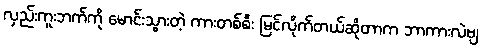
လှည်းကူးဘက်ကို မောင်းသွားတဲ့ ကားတစ်စီး မြင်လိုက်တယ်ဆိုတာက ဘာကားလဲဗျ